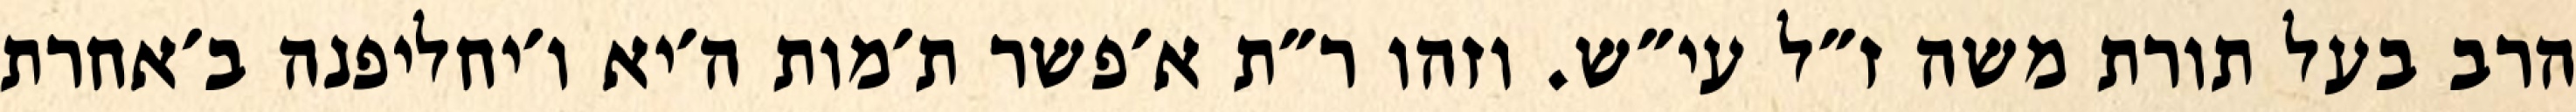
הרב בעל תורת משה ז״ל עי״ש. וזהו ר״ת א׳פשר ת׳מות ה׳יא ו׳יחליפנה ב׳אחרת